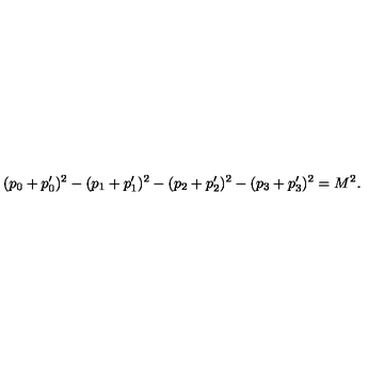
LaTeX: ( p _ { 0 } + p _ { 0 } ^ { \prime } ) ^ { 2 } - ( p _ { 1 } + p _ { 1 } ^ { \prime } ) ^ { 2 } - ( p _ { 2 } + p _ { 2 } ^ { \prime } ) ^ { 2 } - ( p _ { 3 } + p _ { 3 } ^ { \prime } ) ^ { 2 } = M ^ { 2 } .